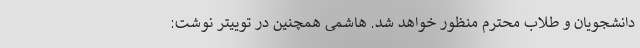
دانشجویان و طلاب محترم منظور خواهد شد. هاشمی همچنین در توییتر نوشت: